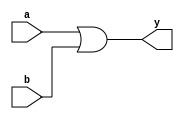
`timescale 1ns / 1ps
//////////////////////////////////////////////////////////////////////////////////
// Company: 
// Engineer: 
// 
// Design Name: 
// Module Name:    OR 
// Project Name: 
// Target Devices: 
// Tool versions: 
// Description: 
//
// Dependencies: 
//
// Revision: 
// Revision 0.01 - File Created
// Additional Comments: 
//
//////////////////////////////////////////////////////////////////////////////////
module OR(
    input a,
    input b,
    output y
    );
	 assign y=a|b;
endmodule